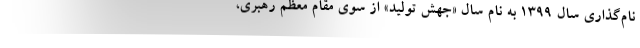
نام‌گذاری سال 1399 به نام سال «جهش تولید» از سوی مقام معظم رهبری،